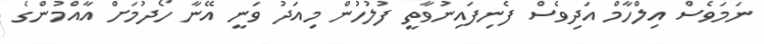
ނަމަވެސް އިލްހާމް އަދިވެސް ފެނިފައިނުވާތީ ފުލުހުން މިއަދު ވަނީ އޭނާ ހޯދުމަށް އާއްމުންގެ